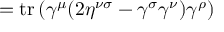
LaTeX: = \operatorname { t r } \left( \gamma ^ { \mu } ( 2 \eta ^ { \nu \sigma } - \gamma ^ { \sigma } \gamma ^ { \nu } ) \gamma ^ { \rho } \right)